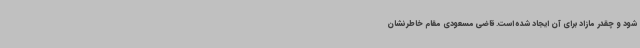
شود و چقدر مازاد برای آن ایجاد شده است. قاضی مسعودی مقام خاطرنشان